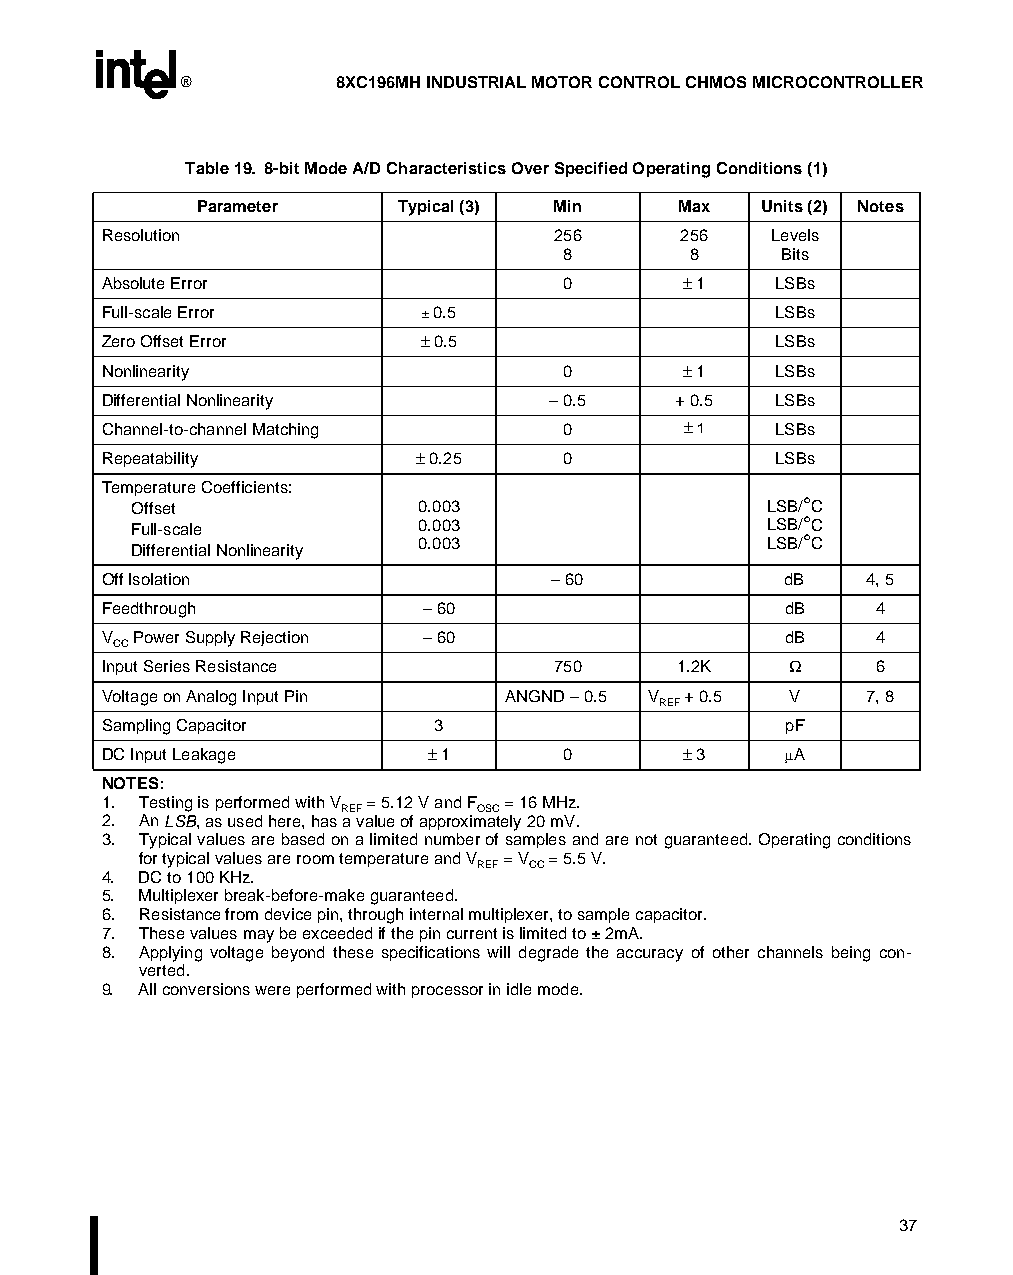
®         8XC196MH INDUSTRIAL MOTOR CONTROL CHMOS MICROCONTROLLER
 Table 19. 8-bit Mode A/D Characteristics Over Specified Operating Conditions (1)
 Parameter    Typical (3) Min    Max  Units (2) Notes
 Resolution                    256      256   Levels
 8       8     Bits
 Absolute Error                 0       – 1   LSBs
 Full-scale Error      ± 0.5                  LSBs
 Zero Offset Error     – 0.5                  LSBs
 Nonlinearity                   0       – 1   LSBs
 Differential Nonlinearity     – 0.5   + 0.5  LSBs
 Channel-to-channel Matching    0       – 1   LSBs
 Repeatability        – 0.25    0             LSBs
 Temperature Coefficients:
 Offset             0.003                  LSB/°C
 Full-scale         0.003                  LSB/°C
 0.003                  LSB/°C
 Differential Nonlinearity
 Off Isolation                 – 60            dB   4, 5
 Feedthrough           – 60                    dB    4
 V Power Supply Rejection – 60                 dB    4
 CC
 Input Series Resistance       750     1.2K    W     6
 Voltage on Analog Input Pin ANGND – 0.5 V + 0.5 V  7, 8
 REF
 Sampling Capacitor    3                       pF
 DC Input Leakage      – 1      0       – 3    m A
 NOTES:
 1. Testing is performed with V = 5.12 V and F = 16 MHz.
 REF      OSC
 2. An LSB, as used here, has a value of approximately 20 mV.
 3. Typical values are based on a limited number of samples and are not guaranteed. Operating conditions
 for typical values are room temperature and V = V = 5.5 V.
 REF CC
 4. DC to 100 KHz.
 5. Multiplexer break-before-make guaranteed.
 6. Resistance from device pin, through internal multiplexer, to sample capacitor.
 7. These values may be exceeded if the pin current is limited to ± 2mA.
 8. Applying voltage beyond these specifications will degrade the accuracy of other channels being con-
 verted.
 9. All conversions were performed with processor in idle mode.
 37